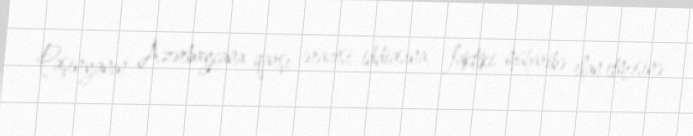
Paşinyanın Azərbaycana qarşı ərazisi iddiasına, faktiki müharibə elan etməsinə